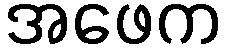
အဖေက